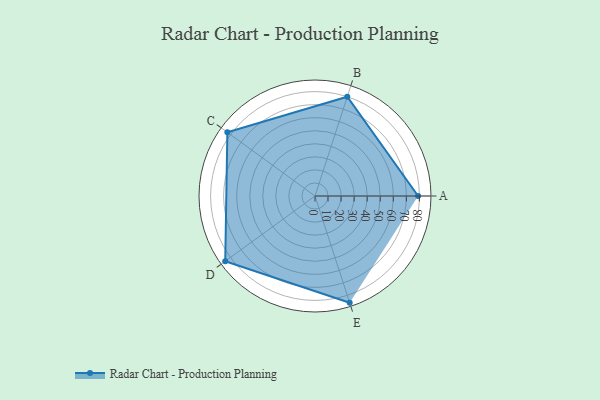
{"axis": {"x": "Skill", "y": "Score"}, "legend": ["Profile"], "data": [{"x": "A", "y": 79.0, "type": "Profile"}, {"x": "B", "y": 80.0, "type": "Profile"}, {"x": "C", "y": 83.0, "type": "Profile"}, {"x": "D", "y": 85.0, "type": "Profile"}, {"x": "E", "y": 86.0, "type": "Profile"}]}